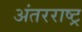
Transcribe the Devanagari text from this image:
अंतरराष्ट्र